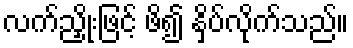
လက်ညှိုးဖြင့် ဖိ၍ နှိပ်လိုက်သည်။